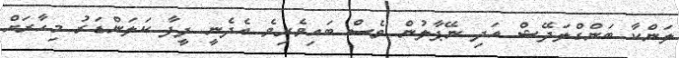
ލަންކާ ބަންގްލަދޭޝް އަދި ނޭޕާލުން ވެސް ބައިވެރިވެ އެދެނީ ފީފާ ކަލަންޑަރު މިހާރަށް